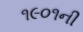
૧૯૦૧ની